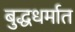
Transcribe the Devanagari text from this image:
बुद्धधर्मात